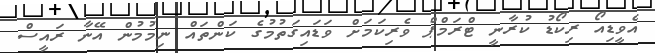
އެވީޑިއޯ ރިކޯޑު ކުރާނީ ޓްރަމްޕް ވެރިކަމަށް ވަޑައިގަތުމުގެ ކަންތައް ނިމުމުން އޭނާ ރައީސް